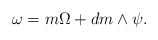
\begin{align*} \omega=m\Omega+dm\wedge \psi.\end{align*}